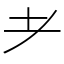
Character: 耂